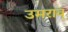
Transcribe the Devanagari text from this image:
उमराव्